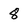
Character: 8